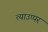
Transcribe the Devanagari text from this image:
त्याउप्पर